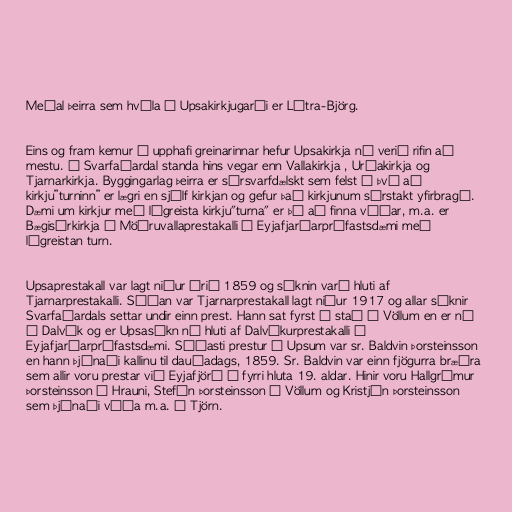
Meðal þeirra sem hvíla í Upsakirkjugarði er Látra-Björg.

Eins og fram kemur í upphafi greinarinnar hefur Upsakirkja nú verið rifin að
mestu. Í Svarfaðardal standa hins vegar enn Vallakirkja , Urðakirkja og
Tjarnarkirkja. Byggingarlag þeirra er sérsvarfdælskt sem felst í því að
kirkju”turninn” er lægri en sjálf kirkjan og gefur það kirkjunum sérstakt yfirbragð.
Dæmi um kirkjur með lágreista kirkju"turna" er þó að finna víðar, m.a. er
Bægisárkirkja í Möðruvallaprestakalli í Eyjafjarðarprófastsdæmi með
lágreistan turn.

Upsaprestakall var lagt niður árið 1859 og sóknin varð hluti af
Tjarnarprestakalli. Síðan var Tjarnarprestakall lagt niður 1917 og allar sóknir
Svarfaðardals settar undir einn prest. Hann sat fyrst í stað á Völlum en er nú
á Dalvík og er Upsasókn nú hluti af Dalvíkurprestakalli í
Eyjafjarðarprófastsdæmi. Síðasti prestur á Upsum var sr. Baldvin Þorsteinsson
en hann þjónaði kallinu til dauðadags, 1859. Sr. Baldvin var einn fjögurra bræðra
sem allir voru prestar við Eyjafjörð á fyrri hluta 19. aldar. Hinir voru Hallgrímur
Þorsteinsson á Hrauni, Stefán Þorsteinsson á Völlum og Kristján Þorsteinsson
sem þjónaði víða m.a. á Tjörn.